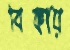
বিকায়